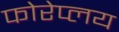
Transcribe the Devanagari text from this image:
फोरेप्लय